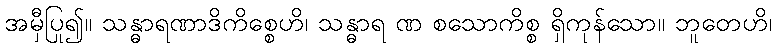
အမှီပြု၍။ သန္ဓာရဏာဒိကိစ္စေဟိ၊ သန္ဓာရ ဏ စသောကိစ္စ ရှိကုန်သော။ ဘူတေဟိ၊